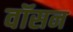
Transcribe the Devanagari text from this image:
वॉसन